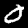
Digit: 0